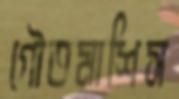
গৌতমাশিস